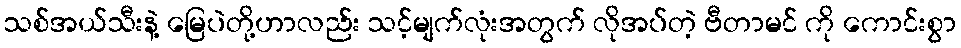
သစ်အယ်သီးနဲ့ မြေပဲတို့ဟာလည်း သင့်မျက်လုံးအတွက် လိုအပ်တဲ့ ဗီတာမင် ကို ကောင်းစွာ